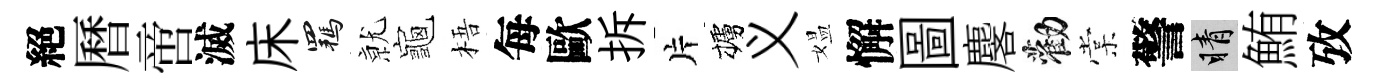
絕曆啻滅床羈𭕒龜梧每歐拆片櫨义媪懈圖麐勸棠警睛鮪攷